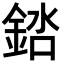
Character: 𬫠